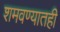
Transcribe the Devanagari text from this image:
शमवण्यातही